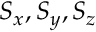
S _ { x } , S _ { y } , S _ { z }